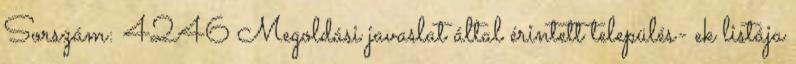
Sorszám: 4246 Megoldási javaslat által érintett település- ek listája